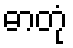
ဓာတုံ